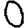
Digit: 0